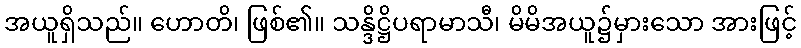
အယူရှိသည်။ ဟောတိ၊ ဖြစ်၏။ သန္ဒိဋ္ဌိပရာမာသီ၊ မိမိအယူ၌မှားသော အားဖြင့်